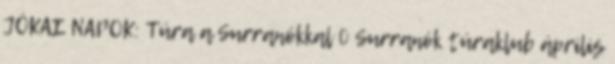
JÓKAI NAPOK: Túra a Surranókkal 0 Surranók túraklub április